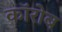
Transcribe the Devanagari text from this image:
कॉरोब